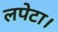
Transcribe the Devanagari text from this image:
लपेटा।